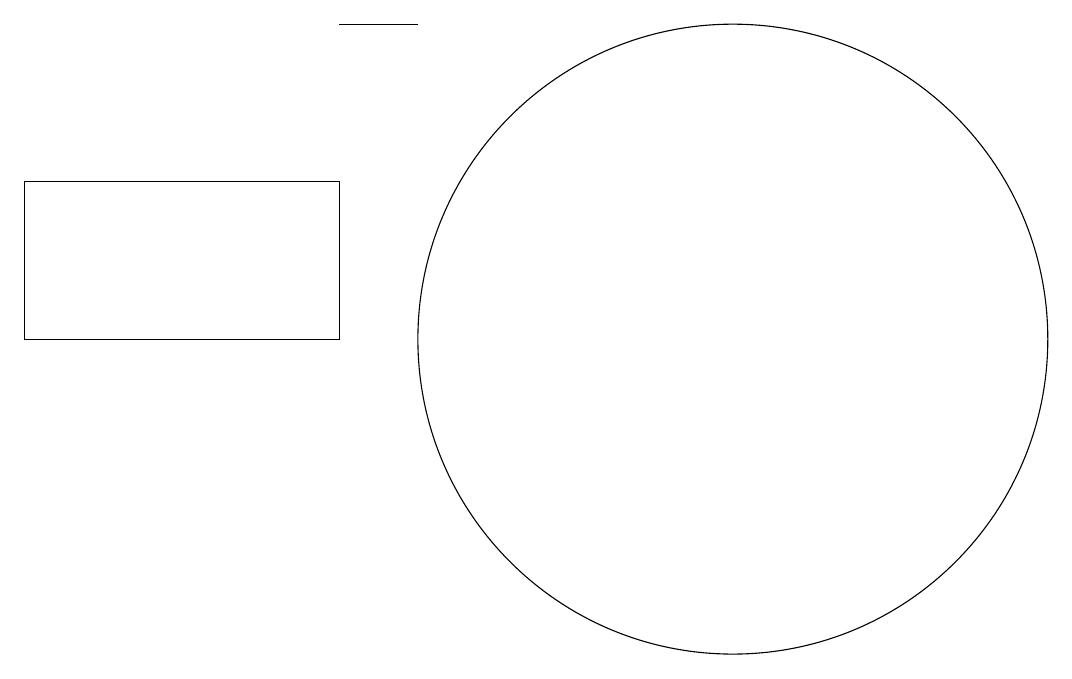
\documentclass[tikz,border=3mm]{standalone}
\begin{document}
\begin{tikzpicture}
\draw (10,11) circle (4);
\draw (5,11) rectangle (1,13);
\draw (6,15) rectangle (5,15);
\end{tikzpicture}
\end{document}